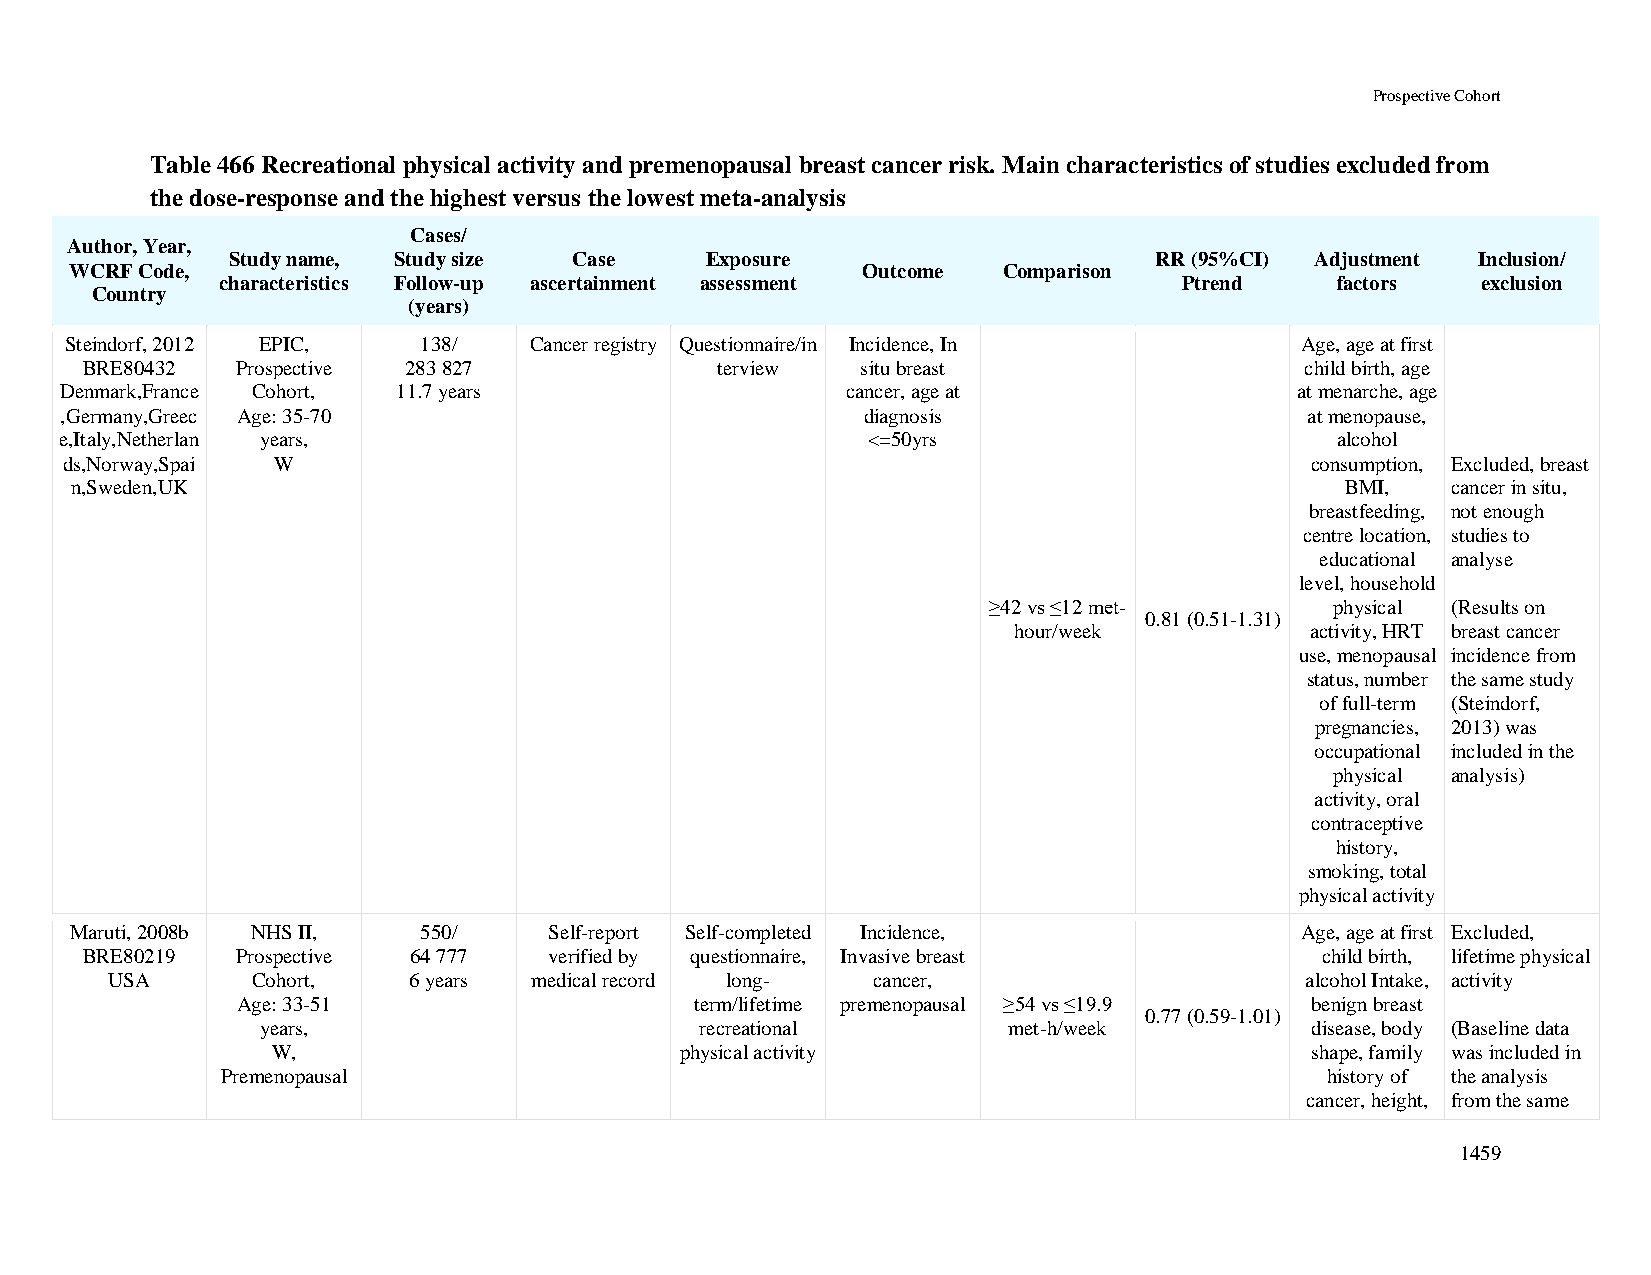
Prospective Cohort
 Table 466 Recreational physical activity and premenopausal breast cancer risk. Main characteristics of studies excluded from
 the dose-response and the highest versus the lowest meta-analysis
 Cases/
 Author, Year,
 Study name, Study size Case     Exposure                     RR (95%CI) Adjustment Inclusion/
 WCRF Code,                                          Outcome  Comparison
 characteristics Follow-up ascertainment assessment             Ptrend    factors   exclusion
 Country
 (years)
 Steindorf, 2012 EPIC,   138/   Cancer registry Questionnaire/in Incidence, In     Age, age at first
 BRE80432   Prospective 283 827            terview   situ breast                  child birth, age
 Denmark,France Cohort, 11.7 years                   cancer, age at                at menarche, age
 ,Germany,Greec Age: 35-70                            diagnosis                     at menopause,
 e,Italy,Netherlan years,                             <=50yrs                        alcohol
 ds,Norway,Spai W                                                                   consumption, Excluded, breast
 n,Sweden,UK                                                                         BMI,   cancer in situ,
 breastfeeding, not enough
 centre location, studies to
 educational analyse
 level, household
 ≥42 vs ≤12 met-        physical (Results on
 0.81 (0.51-1.31)
 hour/week           activity, HRT breast cancer
 use, menopausal incidence from
 status, number the same study
 of full-term (Steindorf,
 pregnancies, 2013) was
 occupational included in the
 physical analysis)
 activity, oral
 contraceptive
 history,
 smoking, total
 physical activity
 Maruti, 2008b NHS II,  550/    Self-report Self-completed Incidence,             Age, age at first Excluded,
 BRE80219   Prospective 64 777  verified by questionnaire, Invasive breast         child birth, lifetime physical
 USA       Cohort,   6 years medical record long-   cancer,                     alcohol Intake, activity
 Age: 33-51                    term/lifetime premenopausal ≥54 vs ≤19.9 benign breast
 0.77 (0.59-1.01)
 years,                       recreational         met-h/week          disease, body (Baseline data
 W,                         physical activity                         shape, family was included in
 Premenopausal                                                            history of the analysis
 cancer, height, from the same
 1459